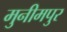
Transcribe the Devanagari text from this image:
मुनीमपुर